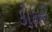
કોકની